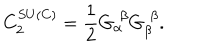
C _ { 2 } ^ { S U \left( C \right) } = \frac { 1 } { 2 } G _ { \alpha } ^ { \, \, \beta } G _ { \beta } ^ { \, \, \beta } .